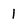
Character: 1